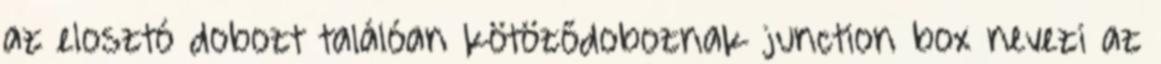
az elosztó dobozt találóan kötöződoboznak junction box nevezi az